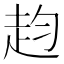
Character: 赹